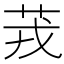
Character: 茙